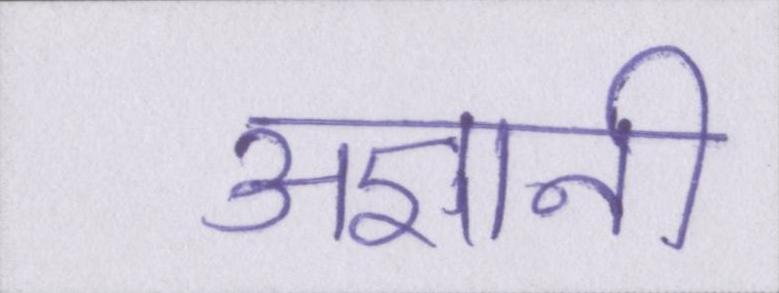
अज्ञानी